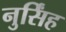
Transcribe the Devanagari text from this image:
नुर्सिंह